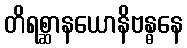
တိရစ္ဆာနယောနိဗန္ဓနေ